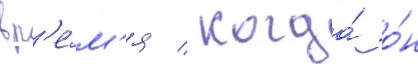
вр'е́м'я / когда́ о́н